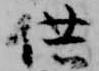
供